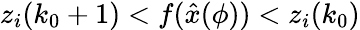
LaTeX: z_{i}(k_{0}+1)<f(\hat{x}(\phi))<z_{i}(k_{0})